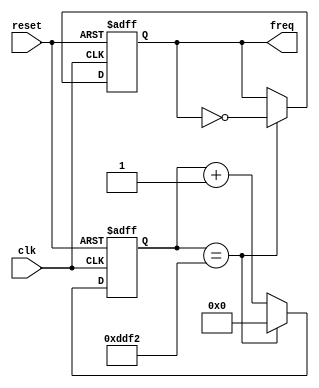
module freq_genrator
	#(
		parameter FREQ = 440
	)
	(
		output freq,
		input clk, reset
	);
	
	localparam CLK_FREQ = 50000000;
	localparam CLK_DIV  = CLK_FREQ / (FREQ * 2);

	reg freq_reg;
	wire freq_next;
	reg [16:0] count_reg;
	wire [16:0] count_next;
	wire tick;
	
	always @(posedge clk, posedge reset)
		if(reset)
			begin
				count_reg <= 0;
				freq_reg <= 0;
			end
		else
			begin
				count_reg <= count_next;
				freq_reg  <= freq_next;
			end
	
	//next state logic
	assign tick = (count_reg == CLK_DIV);
	assign count_next = (tick) ? 0 : count_reg + 1;
	assign freq_next = (tick) ? ~freq_reg : freq_reg;
	
	//output
	assign freq = freq_reg;
endmodule